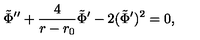
\tilde { \Phi } ^ { \prime \prime } + { \frac { 4 } { r - r _ { 0 } } } \tilde { \Phi } ^ { \prime } - 2 ( \tilde { \Phi } ^ { \prime } ) ^ { 2 } = 0 ,